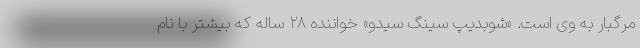
مرگبار به وی است. «شوبدیپ سینگ سیدو» خواننده ۲۸ ساله که بیشتر با نام